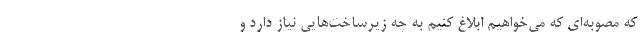
که مصوبه‌ای که می‌خواهیم ابلاغ کنیم به چه زیرساخت‌هایی نیاز دارد و